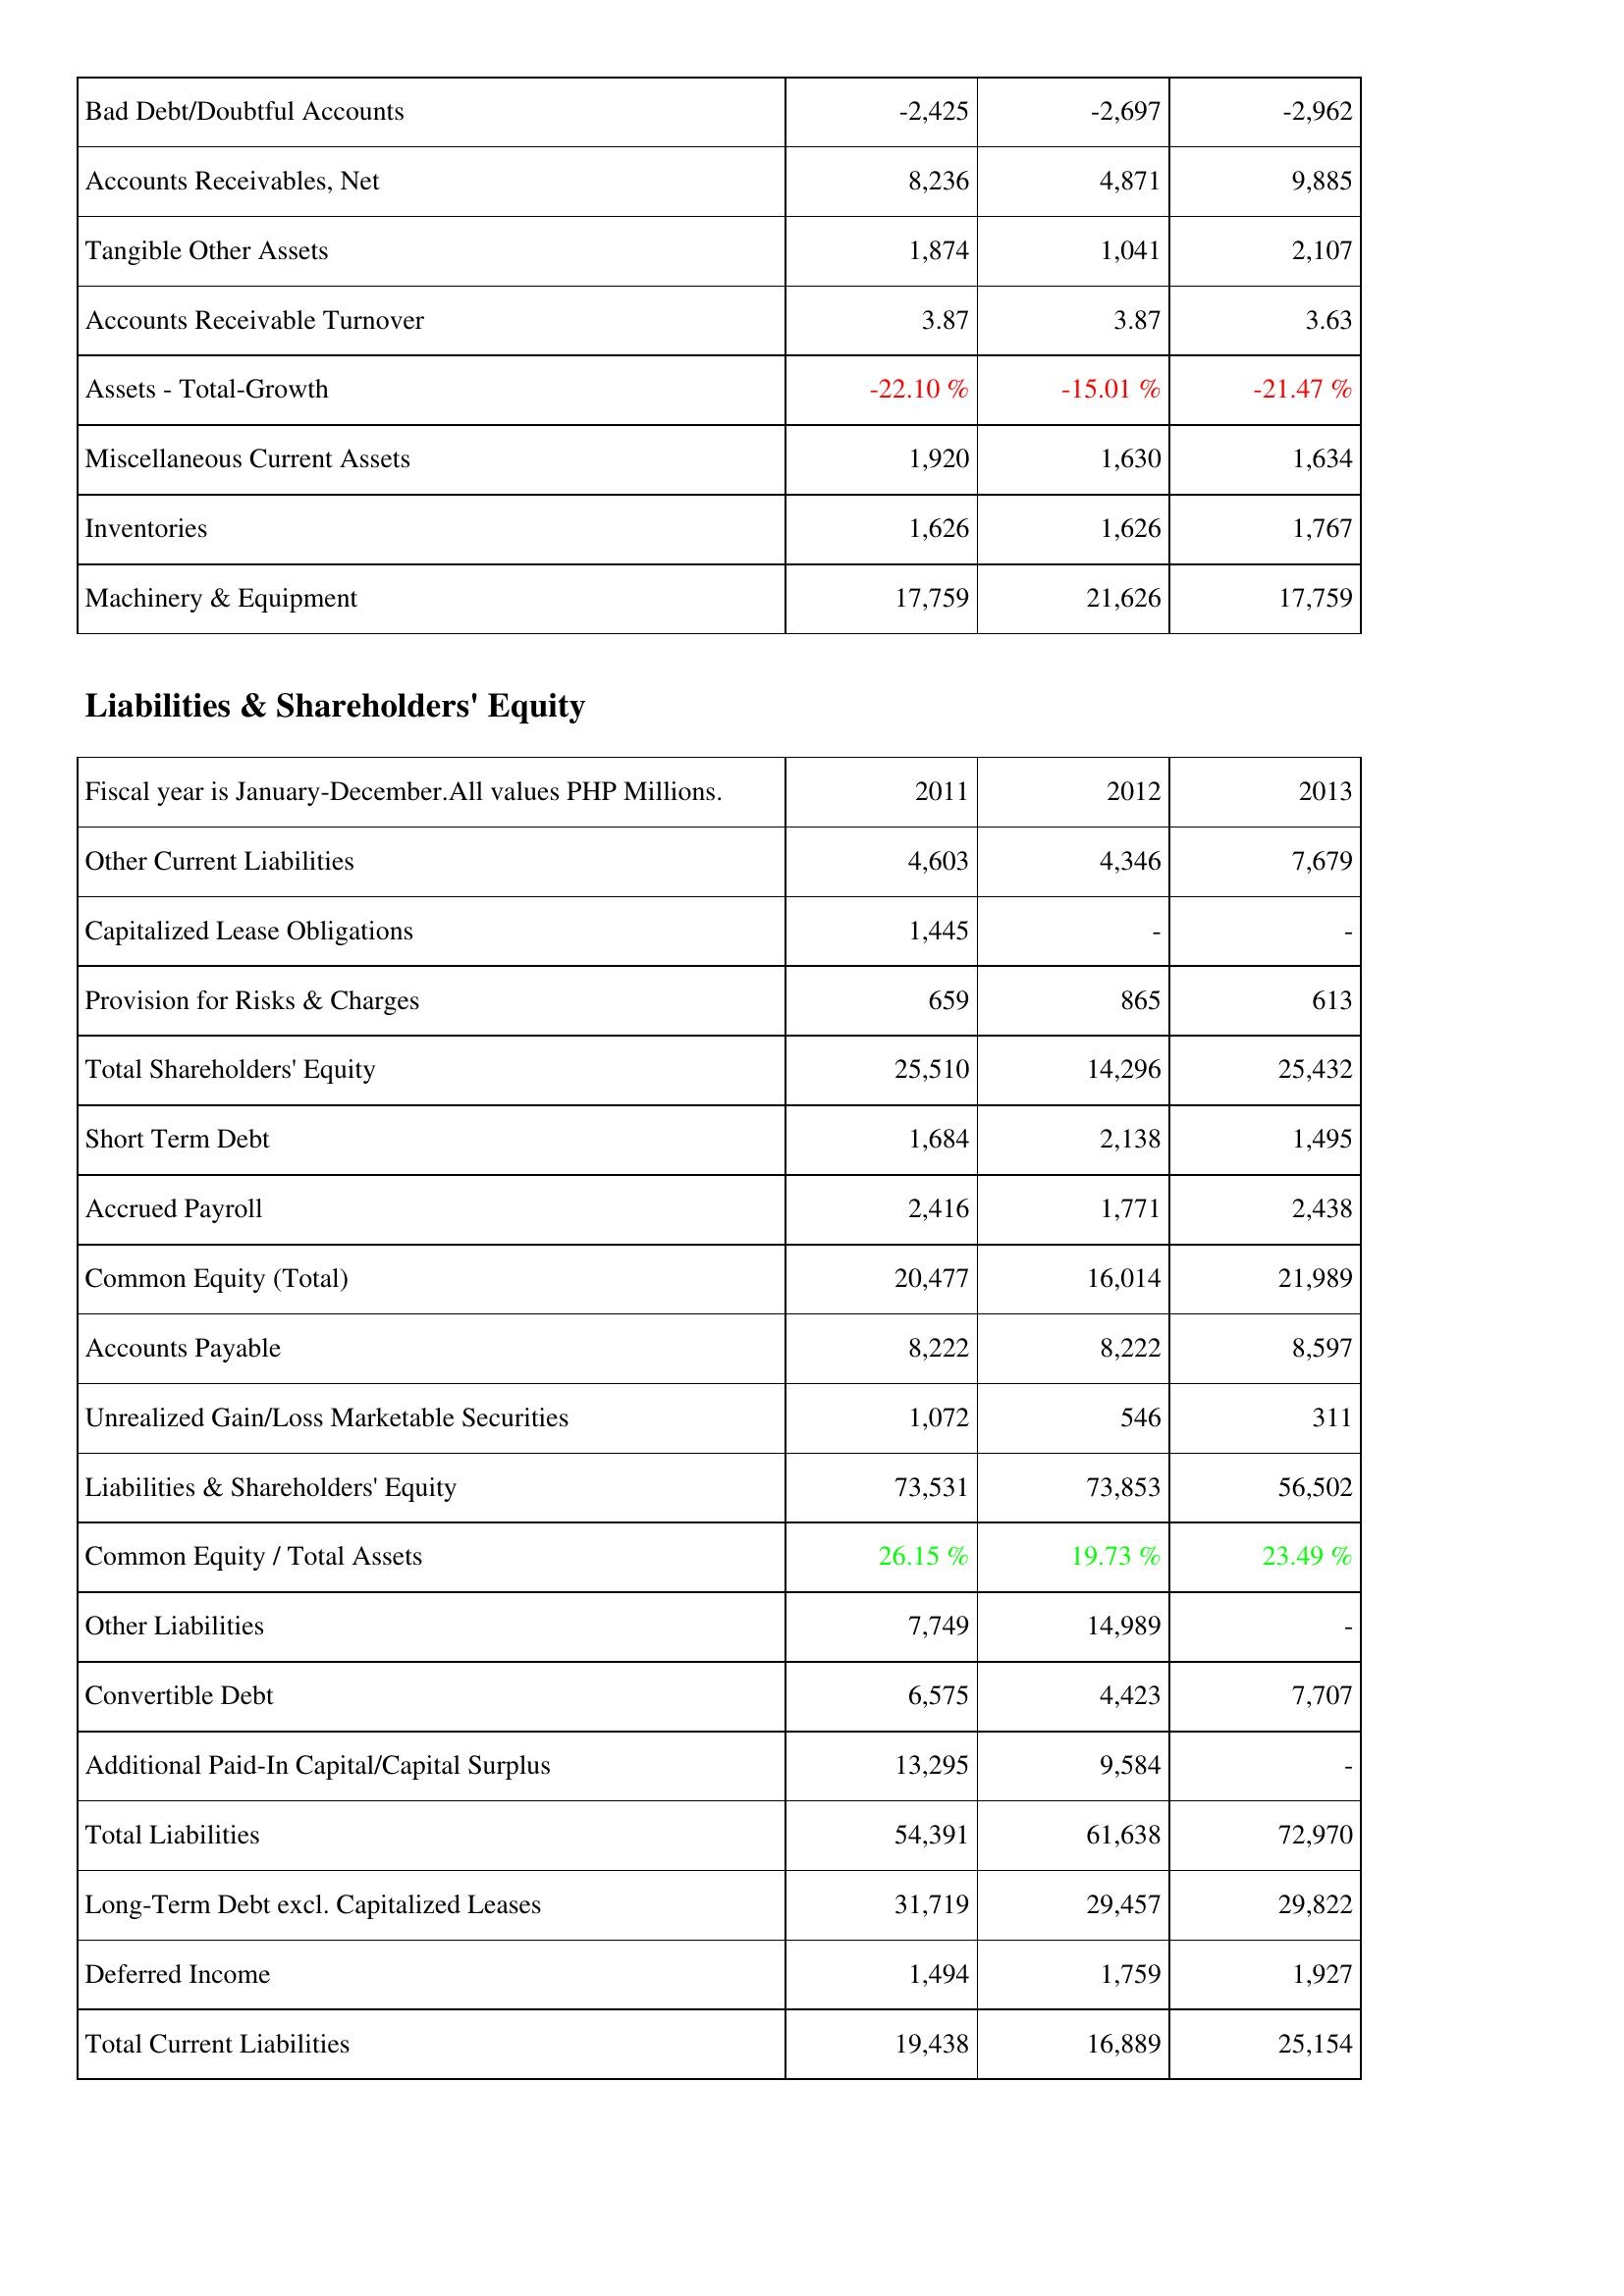
2011: Assets: Bad Debt/Doubtful Accounts: -2,425
Accounts Receivables, Net: 8,236
Tangible Other Assets: 1,874
Accounts Receivable Turnover: 3.87
Assets - Total-Growth: -22.10 %
Miscellaneous Current Assets: 1,920
Inventories: 1,626
Machinery & Equipment: 17,759
Liabilities & Shareholders' Equity: Other Current Liabilities: 4,603
Capitalized Lease Obligations: 1,445
Provision for Risks & Charges: 659
Total Shareholders' Equity: 25,510
Short Term Debt: 1,684
Accrued Payroll: 2,416
Common Equity (Total): 20,477
Accounts Payable: 8,222
Unrealized Gain/Loss Marketable Securities: 1,072
Liabilities & Shareholders' Equity: 73,531
Common Equity / Total Assets: 26.15 %
Other Liabilities: 7,749
Convertible Debt: 6,575
Additional Paid-In Capital/Capital Surplus: 13,295
Total Liabilities: 54,391
Long-Term Debt excl. Capitalized Leases: 31,719
Deferred Income: 1,494
Total Current Liabilities: 19,438
2012: Assets: Bad Debt/Doubtful Accounts: -2,697
Accounts Receivables, Net: 4,871
Tangible Other Assets: 1,041
Accounts Receivable Turnover: 3.87
Assets - Total-Growth: -15.01 %
Miscellaneous Current Assets: 1,630
Inventories: 1,626
Machinery & Equipment: 21,626
Liabilities & Shareholders' Equity: Other Current Liabilities: 4,346
Capitalized Lease Obligations: -
Provision for Risks & Charges: 865
Total Shareholders' Equity: 14,296
Short Term Debt: 2,138
Accrued Payroll: 1,771
Common Equity (Total): 16,014
Accounts Payable: 8,222
Unrealized Gain/Loss Marketable Securities: 546
Liabilities & Shareholders' Equity: 73,853
Common Equity / Total Assets: 19.73 %
Other Liabilities: 14,989
Convertible Debt: 4,423
Additional Paid-In Capital/Capital Surplus: 9,584
Total Liabilities: 61,638
Long-Term Debt excl. Capitalized Leases: 29,457
Deferred Income: 1,759
Total Current Liabilities: 16,889
2013: Assets: Bad Debt/Doubtful Accounts: -2,962
Accounts Receivables, Net: 9,885
Tangible Other Assets: 2,107
Accounts Receivable Turnover: 3.63
Assets - Total-Growth: -21.47 %
Miscellaneous Current Assets: 1,634
Inventories: 1,767
Machinery & Equipment: 17,759
Liabilities & Shareholders' Equity: Other Current Liabilities: 7,679
Capitalized Lease Obligations: -
Provision for Risks & Charges: 613
Total Shareholders' Equity: 25,432
Short Term Debt: 1,495
Accrued Payroll: 2,438
Common Equity (Total): 21,989
Accounts Payable: 8,597
Unrealized Gain/Loss Marketable Securities: 311
Liabilities & Shareholders' Equity: 56,502
Common Equity / Total Assets: 23.49 %
Other Liabilities: -
Convertible Debt: 7,707
Additional Paid-In Capital/Capital Surplus: -
Total Liabilities: 72,970
Long-Term Debt excl. Capitalized Leases: 29,822
Deferred Income: 1,927
Total Current Liabilities: 25,154